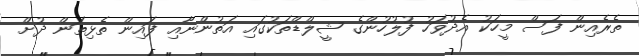
ތެރެއިން ފަސް މީހަކު އެދުވަހު ފުލުހުންގެ ޝީލްޑްތަކުގައި އަތުންނާއި ފައިން ތެޅިތަން ދުށް